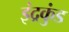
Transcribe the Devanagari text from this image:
इंद्रकुंड